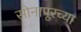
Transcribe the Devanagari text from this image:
सोनापूरच्या